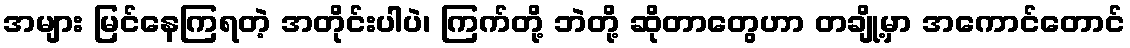
အများ မြင်နေကြရတဲ့ အတိုင်းပါပဲ၊ ကြက်တို့ ဘဲတို့ ဆိုတာတွေဟာ တချို့မှာ အကောင်တောင်